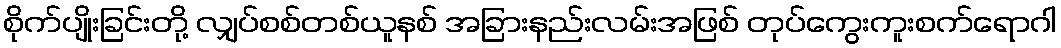
စိုက်ပျိုးခြင်းတို့ လျှပ်စစ်တစ်ယူနစ် အခြားနည်းလမ်းအဖြစ် တုပ်ကွေးကူးစက်ရောဂါ